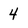
Character: 4